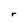
Character: r